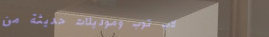
لاب توب وموديلات حديثة من